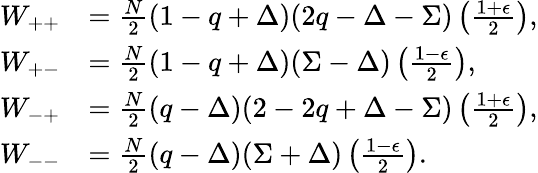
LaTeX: \begin{array}{rl}{W_{++}}&{=\frac{N}{2}\left(1-q+\Delta\right)(2q-\Delta-\Sigma)\left(\frac{1+\epsilon}{2}\right),}\\ {W_{+-}}&{=\frac{N}{2}\left(1-q+\Delta\right)(\Sigma-\Delta)\left(\frac{1-\epsilon}{2}\right),}\\ {W_{-+}}&{=\frac{N}{2}\left(q-\Delta\right)(2-2q+\Delta-\Sigma)\left(\frac{1+\epsilon}{2}\right),}\\ {W_{--}}&{=\frac{N}{2}\left(q-\Delta\right)(\Sigma+\Delta)\left(\frac{1-\epsilon}{2}\right).}\end{array}